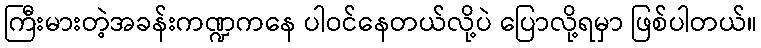
ကြီးမားတဲ့အခန်းကဏ္ဍကနေ ပါဝင်နေတယ်လို့ပဲ ပြောလို့ရမှာ ဖြစ်ပါတယ်။